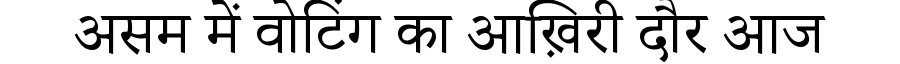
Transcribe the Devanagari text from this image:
असम में वोटिंग का आख़िरी दौर आज